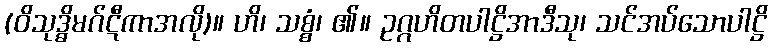
(ဝိသုဒ္ဓိမဂ်ဋီကာအလို)။ ဟိ၊ သစ္စံ၊ ၏။ ဥဂ္ဂဟိတပါဋ္ဌိအာဒီသု၊ သင်အပ်သောပါဋ္ဌိ